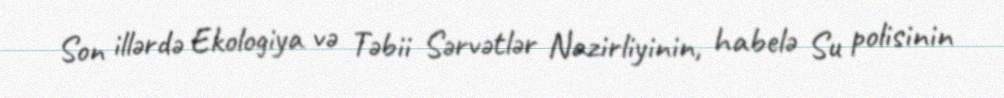
Son illərdə Ekologiya və Təbii Sərvətlər Nazirliyinin, habelə Su polisinin